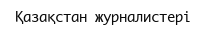
Қазақстан журналистері